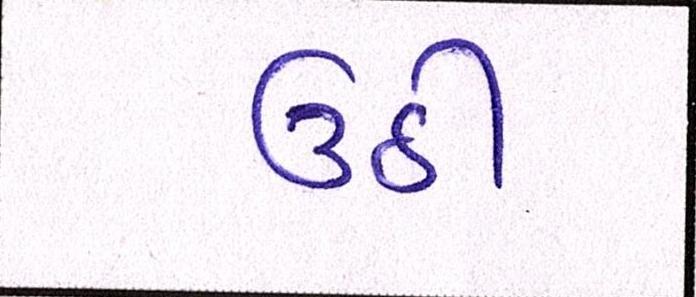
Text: ઉઠી